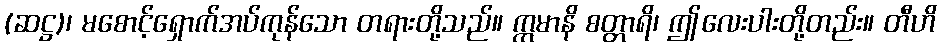
(ဆဋ္ဌ)၊ မစောင့်ရှောက်အပ်ကုန်သော တရားတို့သည်။ ဣမာနိ စတ္တာရိ၊ ဤလေးပါးတို့တည်း။ တီဟိ